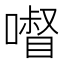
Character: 𱔽